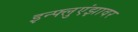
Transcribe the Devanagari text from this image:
इन्फ्लुएंझावर